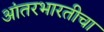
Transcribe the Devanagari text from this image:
आंतरभारतीचा